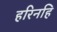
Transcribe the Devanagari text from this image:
हरिनहि